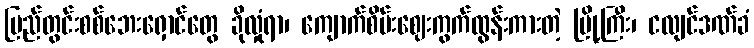
ပြည်တွင်းစစ်ဘေးရှောင်တွေ ခိုလှုံရာ၊ ကျောက်စိမ်းဈေးကွက်ထွန်းကားတဲ့ မြို့ကြီး၊ ငလျင်ဒဏ်ခံ